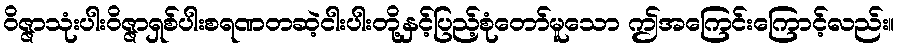
ဝိဇ္ဇာသုံးပါးဝိဇ္ဇာရှစ်ပါးစရဏတဆဲ့ငါးပါးတို့နှင့်ပြည့်စုံတော်မူသော ဤအကြေင်းကြောင့်လည်း။